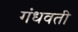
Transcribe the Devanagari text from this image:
गंधवती